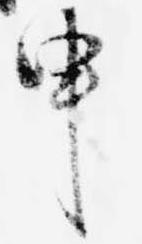
申